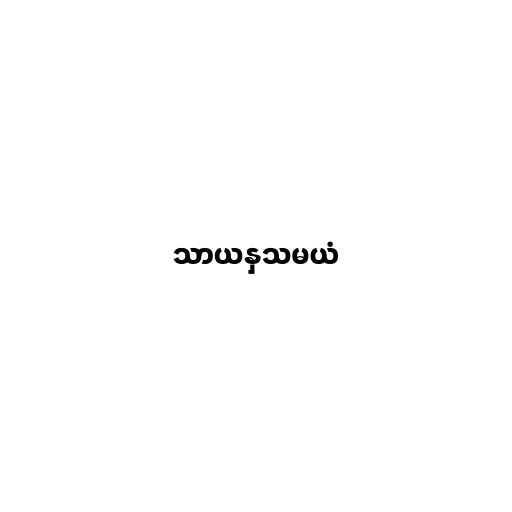
သာယနှသမယံ